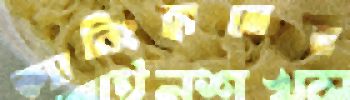
ক্যানিংহামের